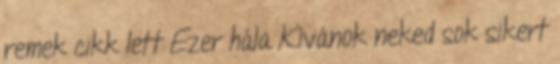
remek cikk lett Ezer hála Kívánok neked sok sikert